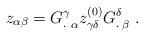
LaTeX: \begin{align*}z_{\alpha\beta}={G^\gamma_{.}}_\alpha z_{\gamma\delta}^{(0)}{G^\delta_.}_\beta \ . \end{align*}